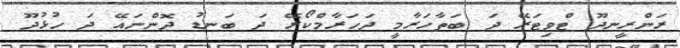
ރަންރީނދޫ ޓްވިޓަރޭ ދަ ބަތާހަރާމީ ދަހަރާމްކޯރޭ ދަ ބަނޑު ދޮންނައޭ ދަ ހުޅުދޫ